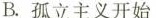
B.孤立主义开始